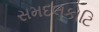
સમદલકોટિ